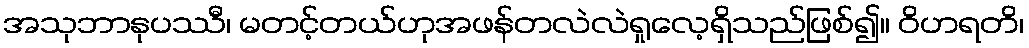
အသုဘာနုပဿီ၊ မတင့်တယ်ဟုအဖန်တလဲလဲရှုလေ့ရှိသည်ဖြစ်၍။ ဝိဟရတိ၊